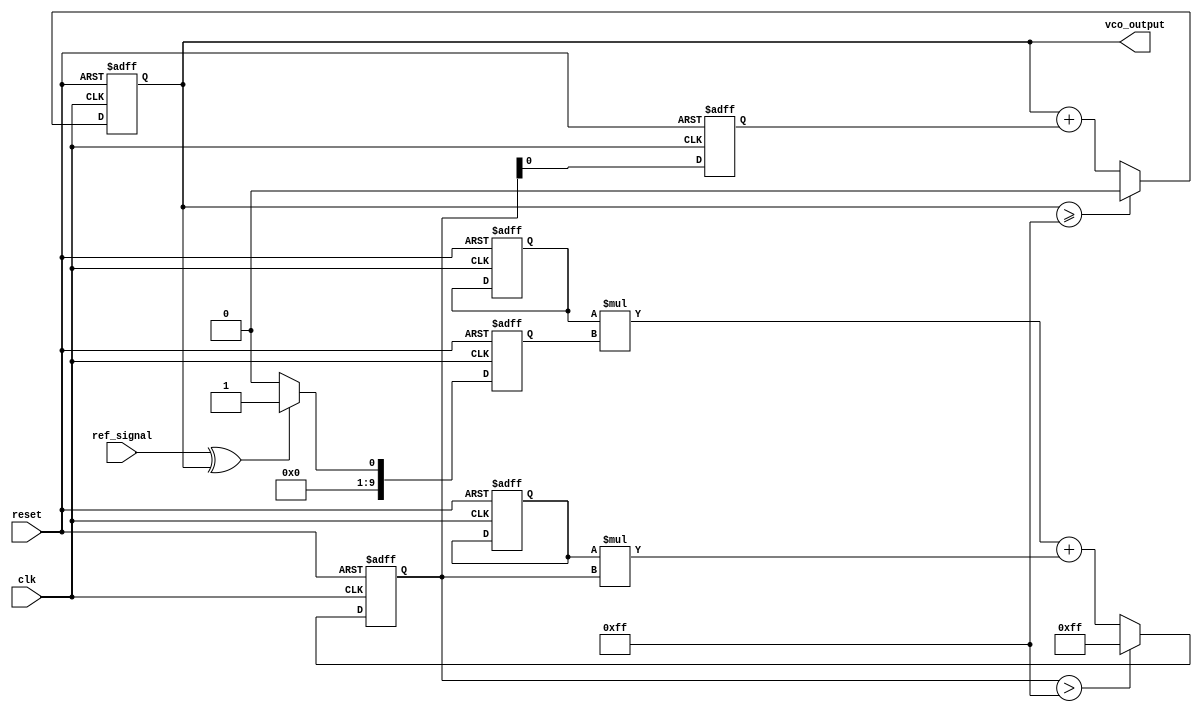
module dpll (
    input wire clk,            // System clock
    input wire reset,          // Reset signal
    input wire ref_signal,     // Reference input signal
    output reg vco_output      // VCO output signal
);

// Parameters
parameter COEFF_WIDTH = 8; // Width of filter coefficients
parameter ERROR_WIDTH = 10; // Width of phase error signal

// Memory elements for filter coefficients and previous error signal
reg [COEFF_WIDTH-1:0] coeffs [0:3];  // Example: 4 coefficients for the filter
reg [ERROR_WIDTH-1:0] error_mem;      // Previous error signal
reg [ERROR_WIDTH-1:0] filter_output;   // Filter output
reg [7:0] vco_control;                 // VCO control signal

// Phase Detector (PD)
always @(posedge clk or posedge reset) begin
    if (reset) begin
        error_mem <= 0;
    end else begin
        // Simple phase detection logic (XOR for edge detection)
        error_mem <= (ref_signal ^ vco_output) ? 1 : 0; // Error signal
    end
end

// Loop Filter (LF)
always @(posedge clk or posedge reset) begin
    if (reset) begin
        filter_output <= 0;
        // Initialize filter coefficients (for demo purposes)
        coeffs[0] <= 8'd2;  // Coefficient 0
        coeffs[1] <= 8'd1;  // Coefficient 1
        coeffs[2] <= 8'd1;  // Coefficient 2
        coeffs[3] <= 8'd0;  // Coefficient 3
    end else begin
        // Simple IIR filter implementation
        filter_output <= (coeffs[0] * error_mem) + (coeffs[1] * filter_output);
        if (filter_output > 255) filter_output <= 255; // Clamping
    end
end

// Voltage-Controlled Oscillator (VCO)
always @(posedge clk or posedge reset) begin
    if (reset) begin
        vco_output <= 0; // Initialize VCO output
        vco_control <= 0; // Initialize control signal
    end else begin
        // Simple VCO model
        vco_control <= filter_output[7:0]; // Use lower 8 bits for control
        vco_output <= vco_output + vco_control; // Incrementing output based on control
        if (vco_output >= 255) vco_output <= 0; // Wrap around
    end
end

endmodule